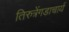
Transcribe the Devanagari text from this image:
तिरुत्रेंगडाचार्य